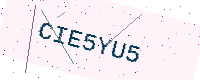
Text: CIE5YU5